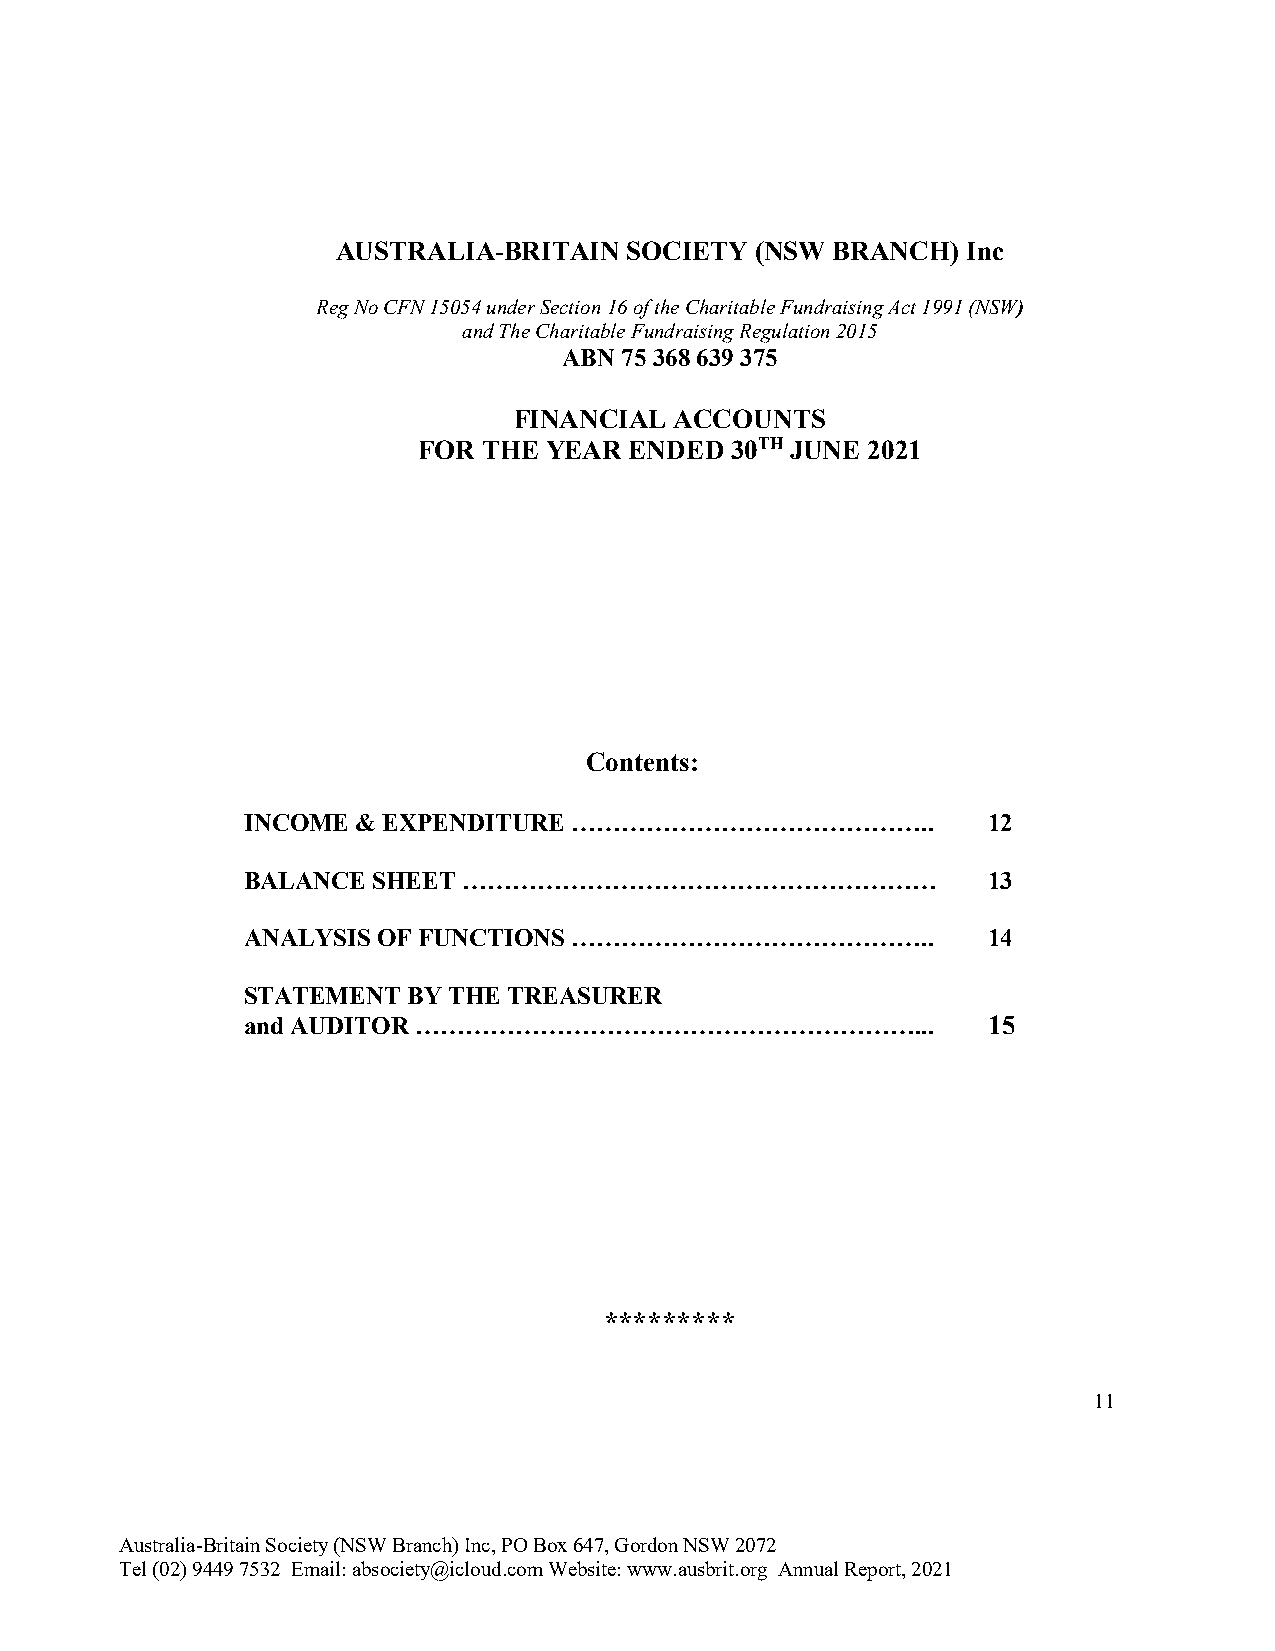
AUSTRALIA-BRITAIN   SOCIETY (NSW BRANCH)  Inc
 Reg No CFN 15054 under Section 16 of the Charitable Fundraising Act 1991 (NSW)
 and The Charitable Fundraising Regulation 2015
 ABN 75 368 639 375
 FINANCIAL  ACCOUNTS
 FOR THE YEAR  ENDED 30TH JUNE 2021
 Contents:
 INCOME  & EXPENDITURE ……………………………………..           12
 BALANCE  SHEET …………………………………………………               13
 ANALYSIS OF FUNCTIONS ……………………………………..           14
 STATEMENT  BY THE TREASURER
 and AUDITOR ……………………………………………………...              15
 *********
 11
 Australia-Britain Society (NSW Branch) Inc, PO Box 647, Gordon NSW 2072
 Tel (02) 9449 7532 Email: absociety@icloud.com Website: www.ausbrit.org Annual Report, 2021